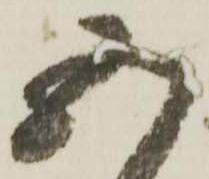
五